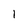
Character: 1